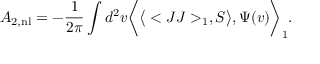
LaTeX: A _ { 2 , \mathrm { n l } } = - { \frac { 1 } { 2 \pi } } \int d ^ { 2 } v \bigg < \big < < J J > _ { 1 } , S \big > , \Psi ( v ) \bigg > _ { 1 } .